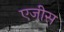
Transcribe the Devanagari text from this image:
एजीस